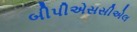
બીપીએસસીએલ